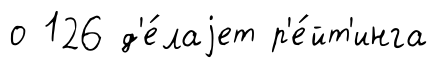
о 126 д'е́лаjет р'е́йт'инга